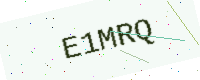
Text: E1MRQ